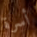
أسرة